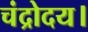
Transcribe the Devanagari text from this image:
चंद्रोदय।